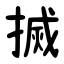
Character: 搣